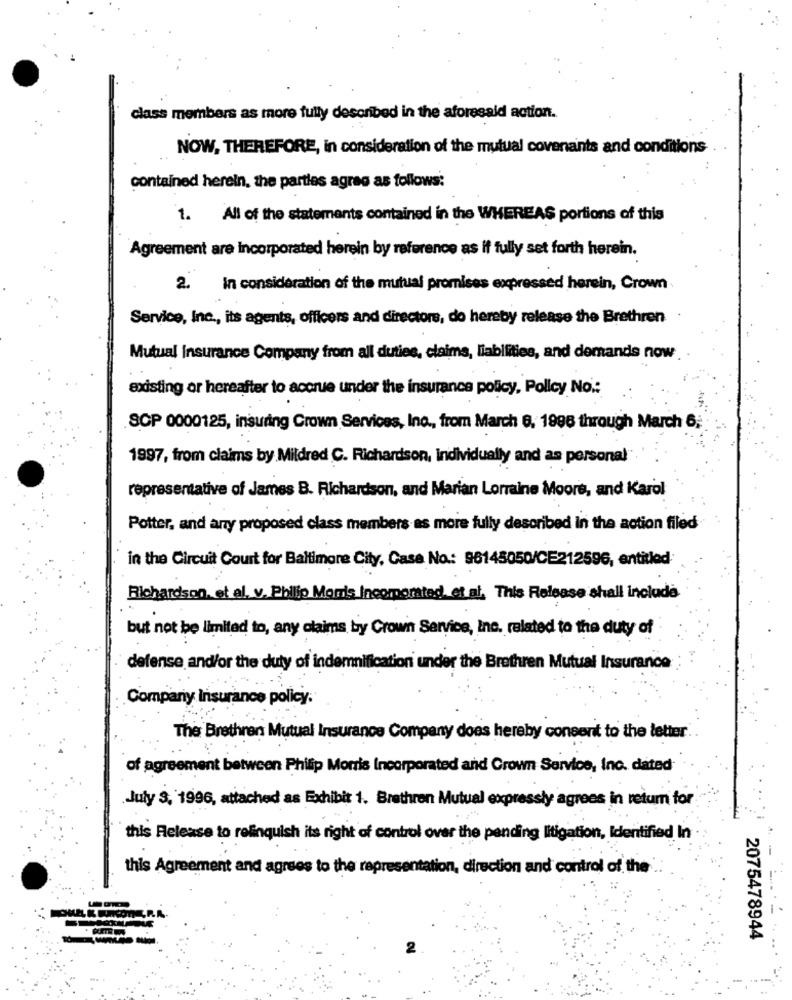
class members as more fully described in the aforesaid action.
NOW, THEREFORE, in consideration of the mutual covenants and conditions
contained herein, the parties agreg as follows:
1. All of the statements contained in the WHEREAS portions of this
Agreement are incorporated herein by reference as if fully set forth herein.
2. in consideration of the mutual promises expressed herein, Crown
Service, Inc ., its agents, officers and directors, do hereby release the Brethren
Mutual Insurance Company from all duties, claims, liabilities, and demands now
existing or hereafter to accrue under the insurance policy, Policy No .:
SCP 0000125, insuring Crown Services, Inc ., from March 6, 1996 through March 6;
1997, from claims by Mildred C. Richardson, individually and as personal
representative of James B. Richardson, and Marian Lorraine Moore, and Karol
Potter, and any proposed class members as more fully described in the action filed
in the Circuit Court for Baltimore City, Casa No .: 96145050/CE212596, entitled
Richardson, et al. v. Philip Moris Incorporated. et al. This Release shall include.
but not be limited to, any claims by Crown Service, Inc. related to the duty of
defense and/or the duty of indemnification under the Brethren Mutual Insurance
Company Insurance policy:
The Brethren Mutual Insurance Company does hereby consent to the letter
of agreement between Philip Morris Incorporated and Crown Service, Inc. dated
July 3, 1996, attached as Exhibit 1. Brethren Mutual expressly agrees in return for
this Release to relinquish its right of control over the pending litigation, Identified In
this Agreement and agrees to the representation, direction and control of the
2075478944